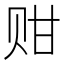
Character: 𬥴